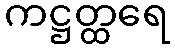
ကဋ္ဌတ္ထရေ